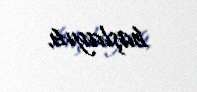
başlayıb.